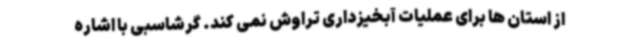
از استان ها برای عملیات آبخیزداری تراوش نمی کند. گرشاسبی با اشاره